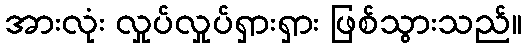
အားလုံး လှုပ်လှုပ်ရှားရှား ဖြစ်သွားသည်။